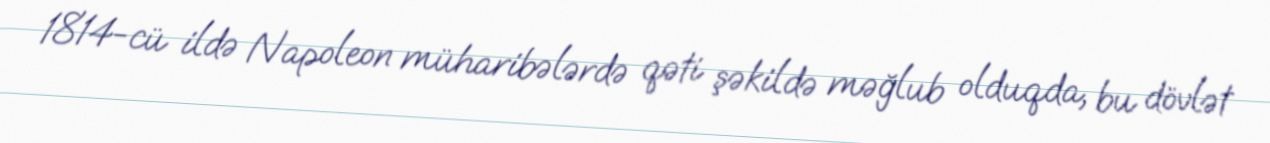
1814-cü ildə Napoleon müharibələrdə qəti şəkildə məğlub olduqda, bu dövlət